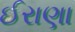
ઈરાણા